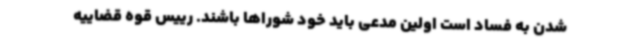
شدن به فساد است اولین مدعی باید خود شوراها باشند. رییس قوه قضاییه